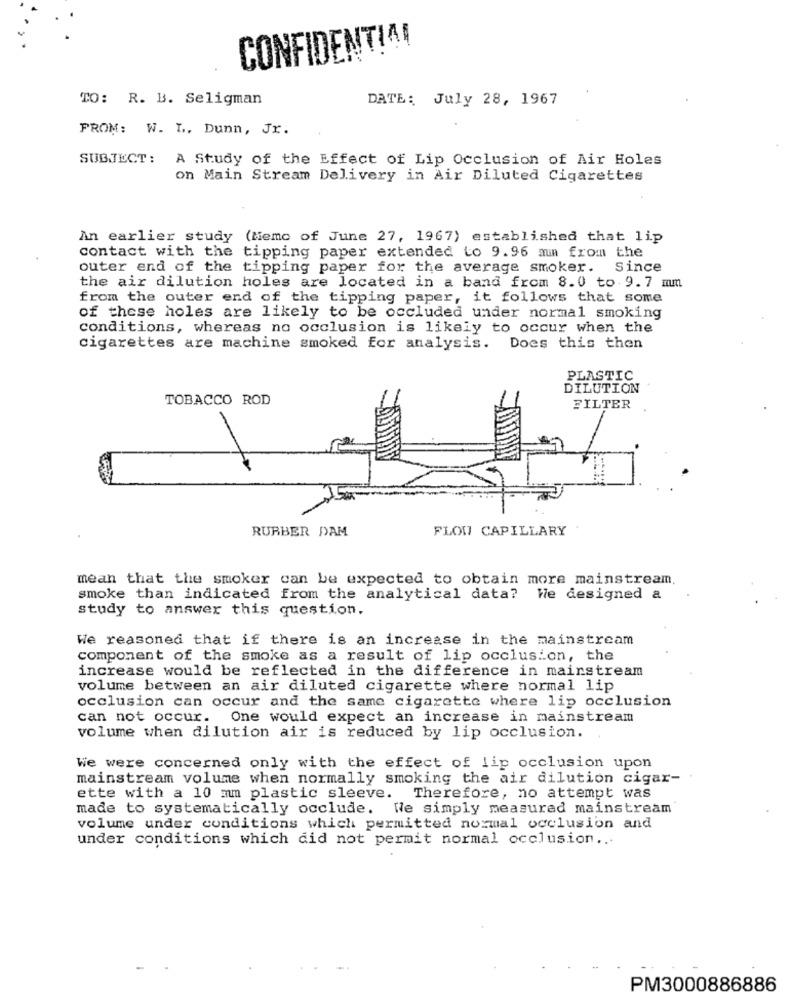
CONFIDENTIAL
TO: R. B. Seligman
DATE: July 28, 1967
FROM: W. L ., Dunn, Jr.
SUBJECT :
A Study of the Effect of Lip Occlusion of Air Holes
on Main Stream Delivery in Air Diluted Cigarettes
An earlier study (Memo of June 27, 1967) established that lip
contact with the tipping paper extended to 9.96 min from the
outer end of the tipping paper for the average smoker. Since
the air dilution holes are located in a band from 8.0 to 9.7 mm
from the outer end of the tipping paper, it follows that some
of these holes are likely to be occluded under normal smoking
conditions, whereas no occlusion is likely to occur when the
cigarettes are machine smoked for analysis. Does this then
PLASTIC
DILUTION
TOBACCO ROD
FILTER
RUBBER DAM
FLOW CAPILLARY
mean that the smoker can be expected to obtain more mainstream.
smoke than indicated from the analytical data? We designed a
study to answer this question.
We reasoned that if there is an increase in the mainstream
component of the smoke as a result of lip occlusion, the
increase would be reflected in the difference in mainstream
volume between an air diluted cigarette where normal lip
occlusion can occur and the same cigarette where lip occlusion
can not occur. One would expect an increase in mainstream
volume when dilution air is reduced by lip occlusion.
We were concerned only with the effect of lip occlusion upon
mainstream volume when normally smoking the air dilution cigar-
ette with a 10 mm plastic sleeve. Therefore, no attempt was
made to systematically occlude. We simply measured mainstream
volume under conditions which permitted normal occlusion and
under conditions which did not permit normal occlusion ...
PM3000886886